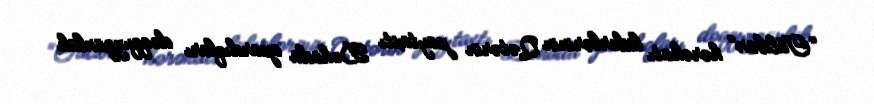
“Taliban” hərəkatı liderlərinin Qətərin paytaxtı Dohada apardıqları doqquzgünlük